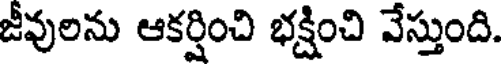
జీవులను ఆకర్షించి భక్షించి వేస్తుంది.